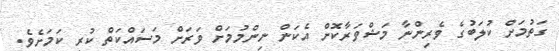
ގަތުމަށް ކުލަބުގެ ވެރިންނާ މަޝްވަރާކޮށް އެކަން ނިންމުމަށް ވަރަށް މަސައްކަތް ކުރި ކަމަށެވެ.